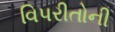
વિપરીતોની